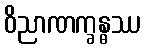
ဝိညာဏက္ခန္ဓဿ